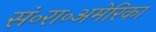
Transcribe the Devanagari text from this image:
सं॰रा॰अमेरिका